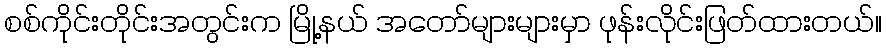
စစ်ကိုင်းတိုင်းအတွင်းက မြို့နယ် အတော်များများမှာ ဖုန်းလိုင်းဖြတ်ထားတယ်။